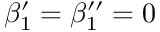
\beta _ { 1 } ^ { \prime } = \beta _ { 1 } ^ { \prime \prime } = 0